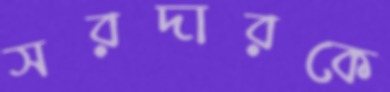
সরদারকে